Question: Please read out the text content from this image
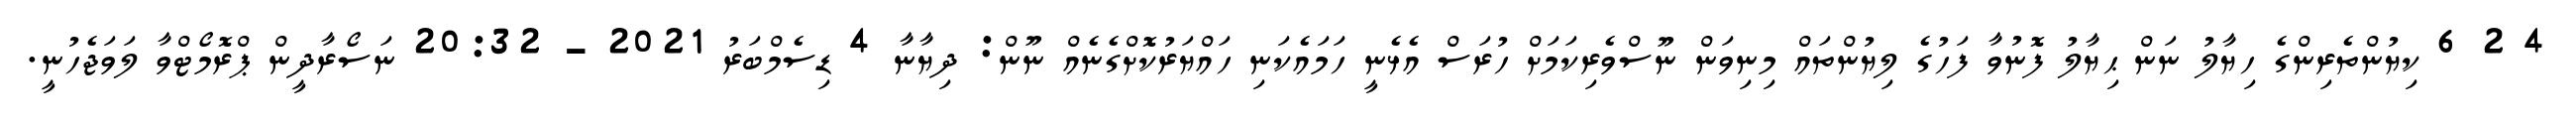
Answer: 4 2 6 ކިޔުންތެރިންގެ ހިޔާލު ނަން ޙިޔާލު ފޮނުވާ ފަހުގެ ލިޔުންތައް މިނިވަން ނޫސްވެރިކަމަށް ހުރަސް އެޅެނީ ހަމައެކަނި ހައްޔަރުކޮށްގެނެއް ނޫން: ދިޔާނާ 4 ޑިސެމްބަރު 2021 - 20:32 ނަސޯރާދީން ޕްރޮމޯޓްވާ ލަވަޖެހުނީ.